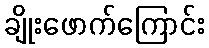
ချိုးဖောက်ကြောင်း